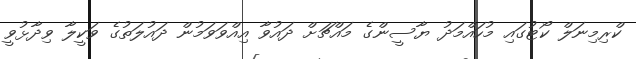
ކްރިމިނަލް ކޯޓުގައި މުހައްމަދު ޔާސީންގެ މައްޗަށް ދައުވާ އިއްވަވަމުން ދައުލަތުގެ ވަކީލާ ވިދާޅުވީ